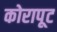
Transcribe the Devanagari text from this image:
कोरापूट